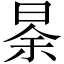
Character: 𱢆